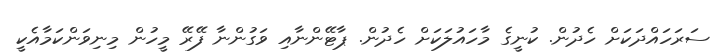
ސަރަހައްދަކަށް ހެދުން. ކުނީގެ މާހައުލަކަށް ހެދުން. ޕާޓޭންނާއި ވަގުންނާ ފޭރޭ މީހުން މިނިވަންކަމާއެކީ